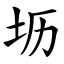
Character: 坜